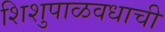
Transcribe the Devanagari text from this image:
शिशुपाळवधाची